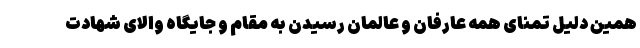
همین دلیل تمنای همه عارفان و عالمان رسیدن به مقام و جایگاه والای شهادت